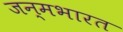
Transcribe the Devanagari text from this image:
जन्मभारत